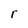
Character: r